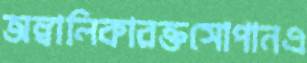
অম্বালিকারক্তসোপানএ